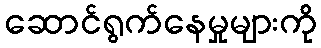
ဆောင်ရွက်နေမှုများကို